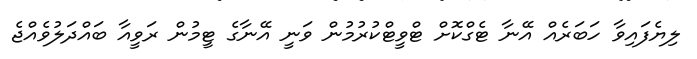
ލިޔެފައިވާ ހަބަރެއް އޭނާ ޓެގްކޮށް ޓްވީޓްކުރުމުން ވަނީ އޭނާގެ ޓީމުން ރަވީއާ ބައްދަލުވެއްޖެ